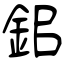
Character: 鈻